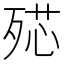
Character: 𣨠